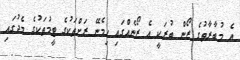
އެ މުބާރާތުގެ ޒޯން ބުރަކީ އެ ޒޯނެއްގައި ހިމެނޭ ރަށްތަކުގެ ޓީމުތަކުގެ މެދުގައި